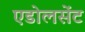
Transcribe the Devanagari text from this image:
एडोलसेंट